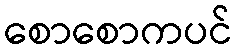
စောစောကပင်